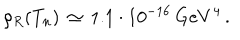
LaTeX: \rho _ { R } ( T _ { n } ) \, \simeq \, 1 . 1 \cdot 1 0 ^ { - 1 6 } \, G e V ^ { 4 } \, .